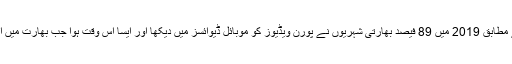
ویب سائٹ پورن ہب کی ایک رپورٹ کے مطابق 2019 میں 89 فیصد بھارتی شہریوں نے پورن ویڈیوز کو موبائل ڈیوائسز میں دیکھا اور ایسا اس وقت ہوا جب بھارت میں اس ویب سائٹ پر پابندی عائد ہو چکی ہے۔